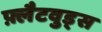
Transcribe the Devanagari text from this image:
फ़्लैटवुड्स